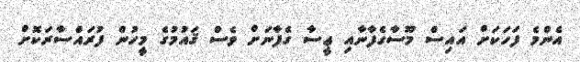
އެންމެ ފަހަކަށް އައިސް މޫސާގެފާނާއި ޢީސާ ގެފާނަށް ވެސް ޤައުމުގެ މީހުން ފުރައްސާރަކޮށް